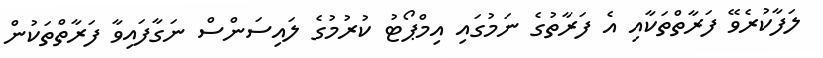
ލަފާކުރެވޭ ފަރާތްތަކާއި އެ ފަރާތުގެ ނަމުގައި އިމްޕޯޓު ކުރުމުގެ ލައިސަންސް ނަގާފައިވާ ފަރާތްތަކުން